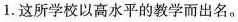
1.这所学校以高水平的教学而出名.。